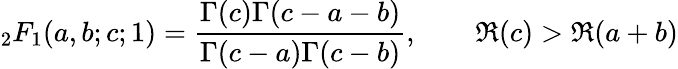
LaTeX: {}_{2}F_{1}(a,b;c;1)={\frac{\Gamma(c)\Gamma(c-a-b)}{\Gamma(c-a)\Gamma(c-b)}},\qquad\Re(c)>\Re(a+b)